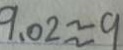
9 . 0 2 \approx 9